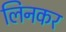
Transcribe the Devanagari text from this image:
लिनकर